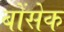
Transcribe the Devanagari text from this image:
बोंसेक